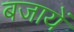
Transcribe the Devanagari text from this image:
बजायें